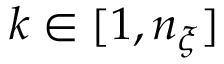
k \in [ 1 , n _ { \xi } ]